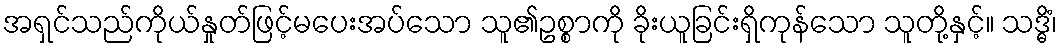
အရှင်သည်ကိုယ်နှုတ်ဖြင့်မပေးအပ်သော သူ၏ဥစ္စာကို ခိုးယူခြင်းရှိကုန်သော သူတို့နှင့်။ သဒ္ဓိံ၊